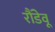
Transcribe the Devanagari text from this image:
रौंडेवू